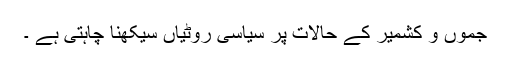
جموں و کشمیر کے حالات پر سیاسی روٹیاں سیکھنا چاہتی ہے ۔